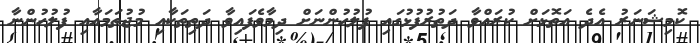
ކޮމިޝަނަރު އެދެ އަތޮޅަށް ކުރައްވާ ދަތުރުފުޅުގައި ފުލުހުންނަށް ދިމާވެފައިވާ ދަތިތަކާއި މުޖުތަމައާއި ފުލުހުންނާ